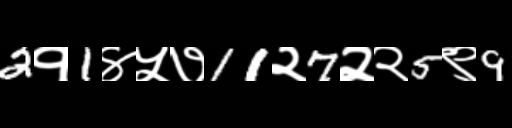
Text: 2१1४५७11२7२२5९9